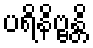
ပရိနိဗ္ဗန္တိ